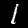
Digit: 1